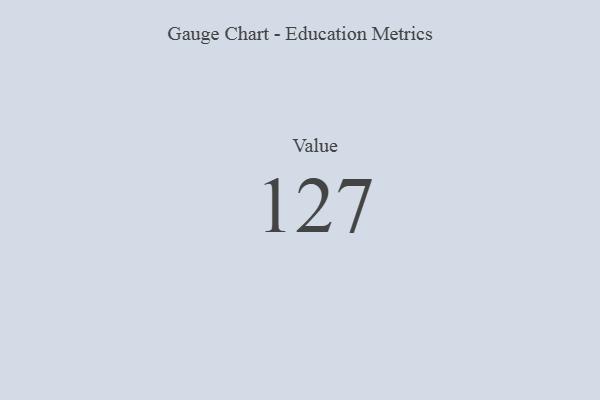
{"axis": {"x": "Metric", "y": "Value"}, "legend": [""], "data": [{"x": "Value", "y": 127, "type": ""}]}